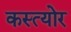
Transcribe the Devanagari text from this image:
कस्त्योर